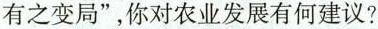
有之变局”，你对农业发展有何建议?